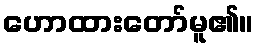
ဟောထားတော်မူ၏။